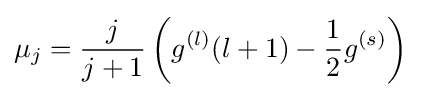
\mu _{j}={j \over j+1}\left(g^{(l)}(l+1)-{\frac {1}{2}}g^{(s)}\right)